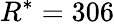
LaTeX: R^{*}=306